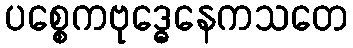
ပစ္စေကဗုဒ္ဓေနေကသတေ